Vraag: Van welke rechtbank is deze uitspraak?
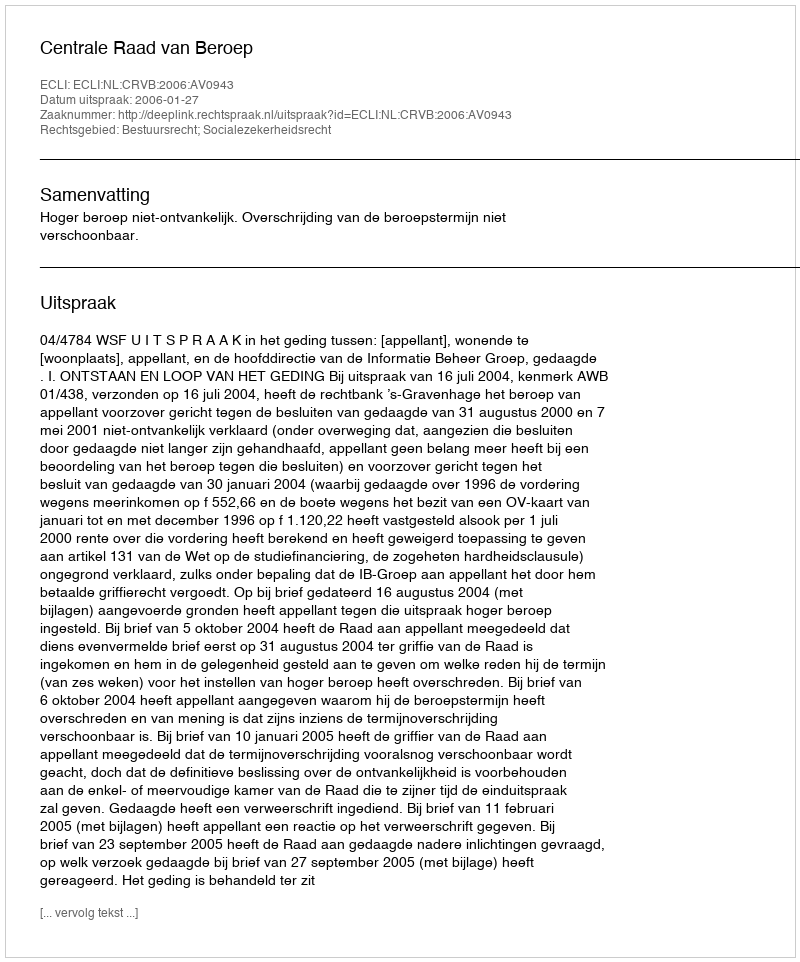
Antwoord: Centrale Raad van Beroep